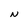
Character: N